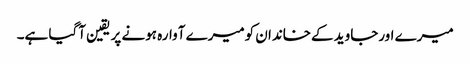
میرے اورجاوید کےخاندان کومیرے آوارہ ہونے پر یقین آگیا ہے۔